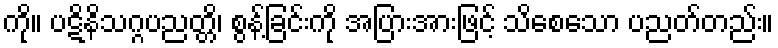
ကို။ ပဋိနိသဂ္ဂပညတ္တိ၊ စွန့်ခြင်းကို အပြားအားဖြင့် သိစေသော ပညတ်တည်း။